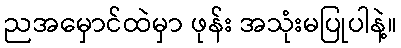
ညအမှောင်ထဲမှာ ဖုန်း အသုံးမပြုပါနဲ့။